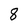
Character: 8